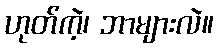
ဟုတ်ကဲ့၊ ဘာများလဲ။